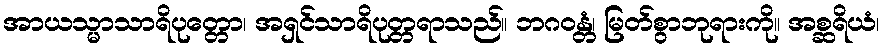
အာယသ္မာသာရိပုတ္တော၊ အရှင်သာရိပုတ္တရာသည်။ ဘဂဝန္တံ၊ မြတ်စွာဘုရားကို။ အစ္ဆရိယံ၊